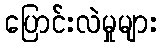
ပြောင်းလဲမှုများ